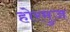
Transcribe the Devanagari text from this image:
होरमुज